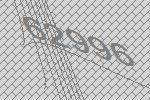
62996